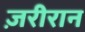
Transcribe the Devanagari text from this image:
ज़रीरान